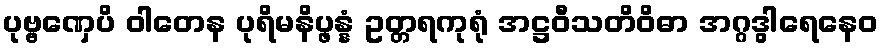
ပုဗ္ဗဏှေပိ ဝါတေန ပုရိမနိပ္ဖန္နံ ဥတ္တရကုရုံ အဋ္ဌဝီသတိဝိဓာ အဂ္ဂဒွါရေနေဝ